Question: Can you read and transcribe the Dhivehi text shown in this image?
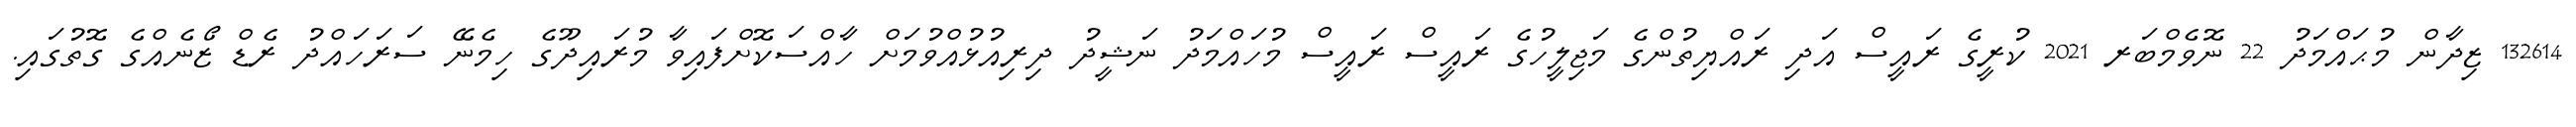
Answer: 132614 ޒިދާން މުޙައްމަދު 22 ނޮވެމްބަރ 2021 ކުރީގެ ރައީސް އަދި ރައްޔިތުންގެ މަޖިލީހުގެ ރައީސް ރައީސް މުހައްމަދު ނަޝީދު ދިރިއުޅުއްވުމަށް ހާއްސަކޮށްފައިވާ މުރައިދޫގެ ހިމެނޭ ސަރަހައްދު ރެޑް ޒޯނެއްގެ ގޮތުގައި.